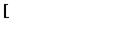
{ \lfloor { } \! \! \! \lceil }